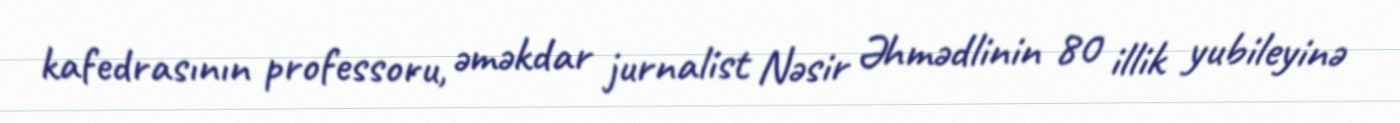
kafedrasının professoru, əməkdar jurnalist Nəsir Əhmədlinin 80 illik yubileyinə